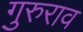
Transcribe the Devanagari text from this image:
गुरुराव